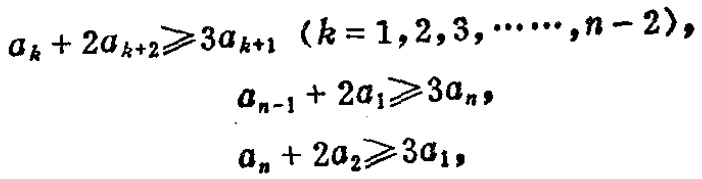
\[
\begin{align*}
a_{k}+2a_{k + 2}&\geqslant3a_{k + 1}\ (k = 1,2,3,\cdots,n - 2),\\
a_{n-1}+2a_{1}&\geqslant3a_{n},\\
a_{n}+2a_{2}&\geqslant3a_{1},
\end{align*}
\]